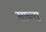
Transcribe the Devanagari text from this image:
साब्ला